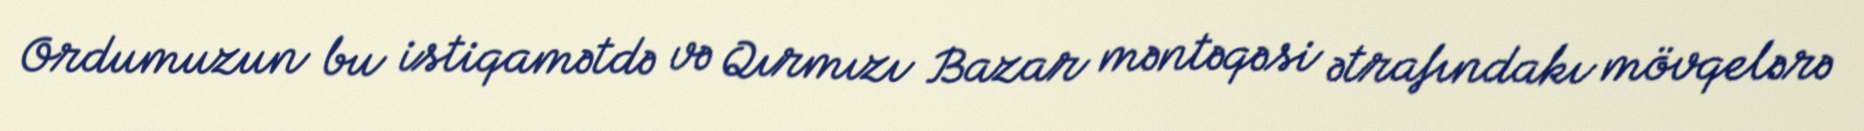
Ordumuzun bu istiqamətdə və Qırmızı Bazar məntəqəsi ətrafındakı mövqelərə